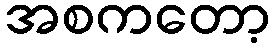
အစကတော့